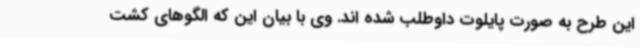
این طرح به صورت پایلوت داوطلب شده اند. وی با بیان این که الگوهای کشت